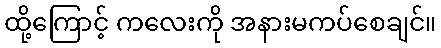
ထို့ကြောင့် ကလေးကို အနားမကပ်စေချင်။